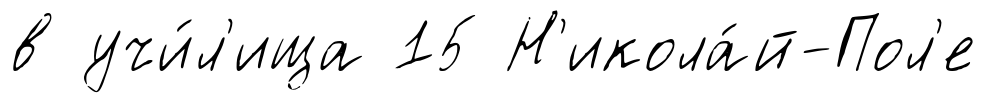
в учи́л'ища 15 Н'икола́й-Пол'е